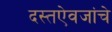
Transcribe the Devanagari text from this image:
दस्तऐवजांचे